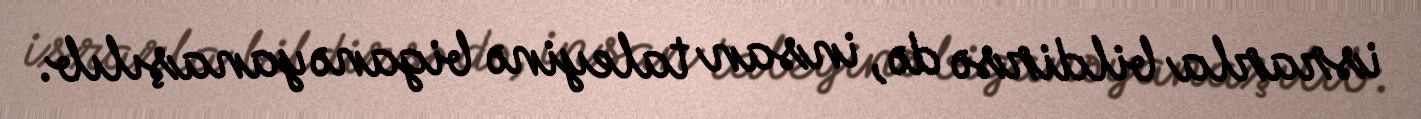
israrla bildirsə də, insan taleyinə biganə yanaşılıb.